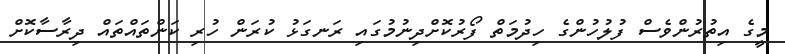
މީގެ އިތުރުންވެސް ފުލުހުންގެ ހިދުމަތް ފޯރުކޮށްދިނުމުގައި ރަނގަޅު ކުރަން ހުރި ކަންތައްތައް ދިރާސާކޮށް